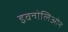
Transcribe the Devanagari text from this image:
इवन्गेलिओन